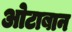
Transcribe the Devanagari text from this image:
ओटाबान